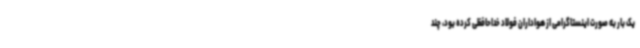
یک بار به صورت اینستاگرامی از هواداران فولاد خداحافظی کرده بود، چند